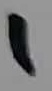
Text: 1